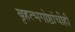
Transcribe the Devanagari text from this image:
बृहत्भगोष्ठांचीही